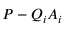
P - Q _ { i } A _ { i }